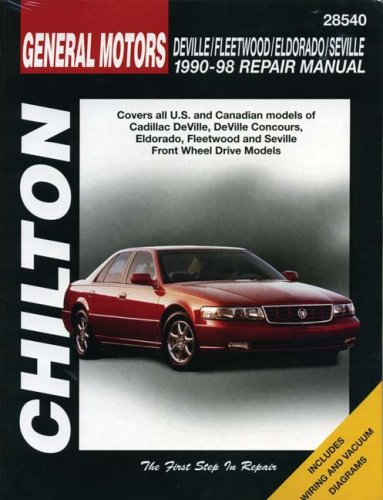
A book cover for Cadillac DeVille, Fleetwood, Eldorado, Seville, 1990-1998 (Chilton's Total Car Care Repair Manual); Chilton; Engineering & Transportation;